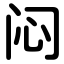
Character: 闷